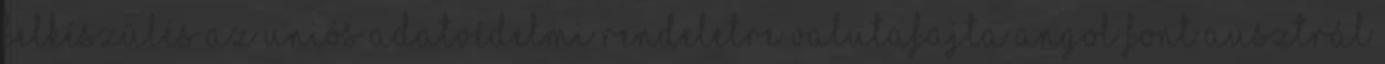
Felkészülés az uniós adatvédelmi rendeletre Valutafajta Angol font Ausztrál